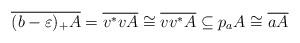
LaTeX: \begin{align*}\overline{(b-\varepsilon)_+A}=\overline{v^*vA}\cong \overline{vv^*A}\subseteq p_aA\cong\overline{aA}\end{align*}